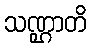
သဏ္ဌာတိ